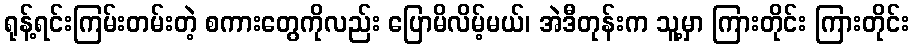
ရုန့်ရင်းကြမ်းတမ်းတဲ့ စကားတွေကိုလည်း ပြောမိလိမ့်မယ်၊ အဲဒီတုန်းက သူ့မှာ ကြားတိုင်း ကြားတိုင်း